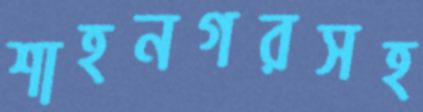
শাহনগরসহ